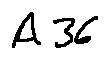
A 3 6